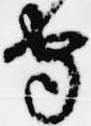
守